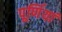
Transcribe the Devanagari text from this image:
पूर्णियां